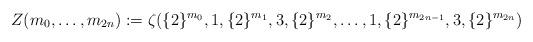
LaTeX: \begin{align*}Z(m_{0},\dots,m_{2n}):=\zeta(\{2\}^{m_{0}},1,\{2\}^{m_{1}},3,\{2\}^{m_{2}},\dots,1,\{2\}^{m_{2n-1}},3,\{2\}^{m_{2n}})\end{align*}